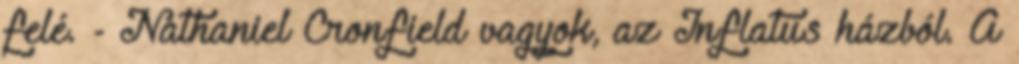
felé. - Nathaniel Cronfield vagyok, az Inflatus házból. A